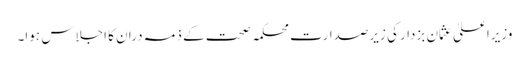
وزیراعلیٰ عثمان بزدارکی زیرصدارت محکمہ صحت کے ذمہ دران کا اجلاس ہوا۔